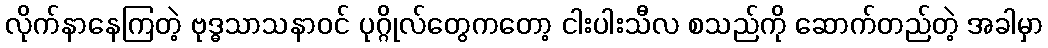
လိုက်နာနေကြတဲ့ ဗုဒ္ဓသာသနာဝင် ပုဂ္ဂိုလ်တွေကတော့ ငါးပါးသီလ စသည်ကို ဆောက်တည်တဲ့ အခါမှာ